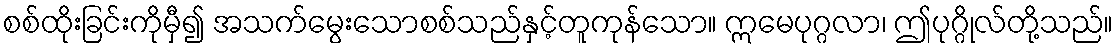
စစ်ထိုးခြင်းကိုမှီ၍ အသက်မွေးသောစစ်သည်နှင့်တူကုန်သော။ ဣမေပုဂ္ဂလာ၊ ဤပုဂ္ဂိုလ်တို့သည်။